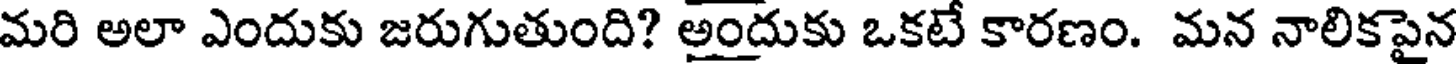
మరి అలా ఎందుకు జరుగుతుంది? అందుకు ఒకటే కారణం. మన నాలికపైన